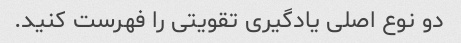
دو نوع اصلی یادگیری تقویتی را فهرست کنید.